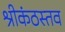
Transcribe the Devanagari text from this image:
श्रीकंठस्तव